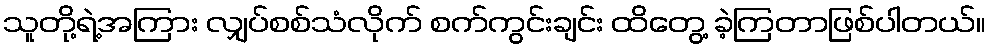
သူတို့ရဲ့အကြား လျှပ်စစ်သံလိုက် စက်ကွင်းချင်း ထိတွေ့ ခဲ့ကြတာဖြစ်ပါတယ်။